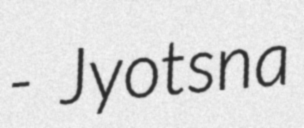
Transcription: - Jyotsna